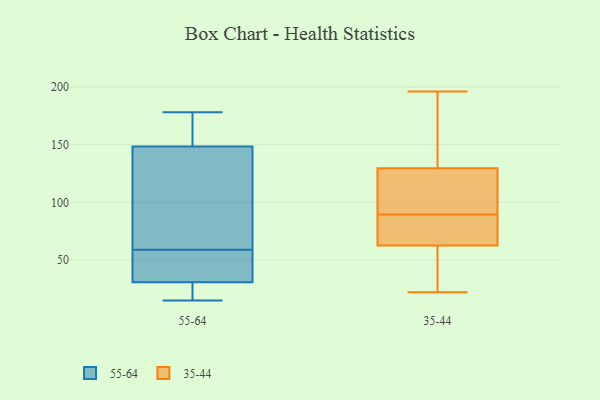
{"axis": {"x": "Temperature (°C)", "y": "Value"}, "legend": ["35-44", "55-64"], "data": [{"x": "", "y": 30, "type": "55-64"}, {"x": "", "y": 167, "type": "55-64"}, {"x": "", "y": 156, "type": "55-64"}, {"x": "", "y": 19, "type": "55-64"}, {"x": "", "y": 126, "type": "55-64"}, {"x": "", "y": 33, "type": "55-64"}, {"x": "", "y": 178, "type": "55-64"}, {"x": "", "y": 78, "type": "55-64"}, {"x": "", "y": 71, "type": "55-64"}, {"x": "", "y": 43, "type": "55-64"}, {"x": "", "y": 30, "type": "55-64"}, {"x": "", "y": 15, "type": "55-64"}, {"x": "", "y": 59, "type": "55-64"}, {"x": "", "y": 161, "type": "55-64"}, {"x": "", "y": 44, "type": "55-64"}, {"x": "", "y": 123, "type": "35-44"}, {"x": "", "y": 77, "type": "35-44"}, {"x": "", "y": 22, "type": "35-44"}, {"x": "", "y": 46, "type": "35-44"}, {"x": "", "y": 136, "type": "35-44"}, {"x": "", "y": 100, "type": "35-44"}, {"x": "", "y": 74, "type": "35-44"}, {"x": "", "y": 76, "type": "35-44"}, {"x": "", "y": 91, "type": "35-44"}, {"x": "", "y": 88, "type": "35-44"}, {"x": "", "y": 51, "type": "35-44"}, {"x": "", "y": 175, "type": "35-44"}, {"x": "", "y": 172, "type": "35-44"}, {"x": "", "y": 38, "type": "35-44"}, {"x": "", "y": 196, "type": "35-44"}, {"x": "", "y": 91, "type": "35-44"}]}